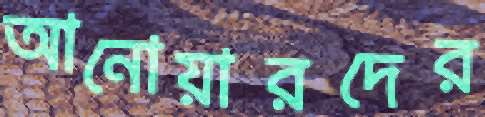
আনোয়ারদের